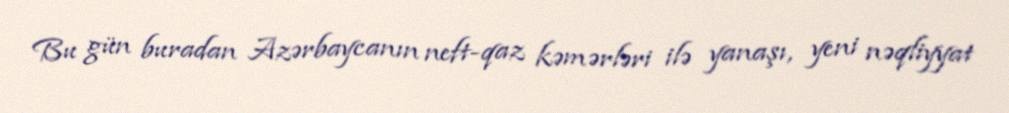
Bu gün buradan Azərbaycanın neft-qaz kəmərləri ilə yanaşı, yeni nəqliyyat